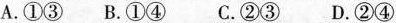
A. ①③ B. ①④ C. ②③ D. ②④